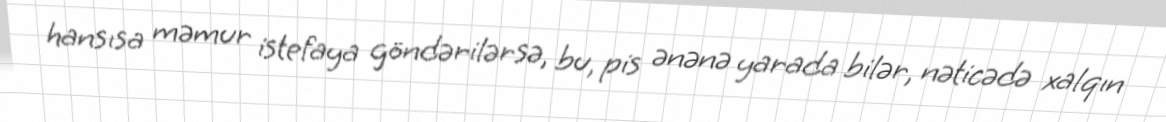
hansısa məmur istefaya göndərilərsə, bu, pis ənənə yarada bilər, nəticədə xalqın